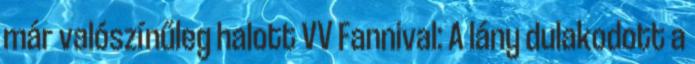
már valószínűleg halott VV Fannival: A lány dulakodott a